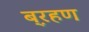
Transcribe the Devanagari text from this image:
ब़्रहण